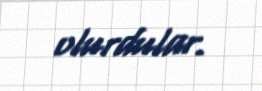
olurdular.